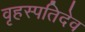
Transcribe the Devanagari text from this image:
वृहस्पतिदेव